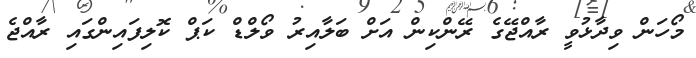
މޯހަން ވިދާޅުވީ ރާއްޖޭގެ ރޭންކިން އަށް ބަލާއިރު ވޯލްޑް ކަޕް ކޮލިފައިންގައި ރާއްޖެ